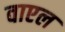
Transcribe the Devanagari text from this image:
वाएल